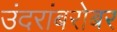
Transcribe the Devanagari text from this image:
उंदरांबरोबर